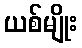
ယစ်မျိုး